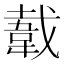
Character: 𬰫